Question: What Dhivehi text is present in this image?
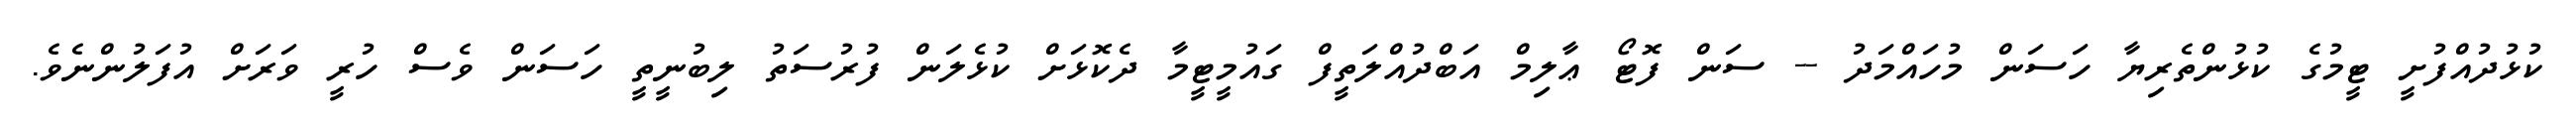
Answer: ކުޅުދުއްފުށީ ޓީމުގެ ކުޅުންތެރިޔާ ހަސަން މުހައްމަދު -- ސަން ފޮޓޯ ޢާލިމް އަބްދުއްލަތީފް ގައުމީޓީމާ ދެކޮޅަށް ކުޅެލަން ފުރުސަތު ލިބުނީތީ ހަސަން ވެސް ހުރީ ވަރަށް އުފަލުންނެވެ.